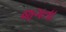
જગતા